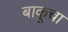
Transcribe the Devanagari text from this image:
बाकूचा